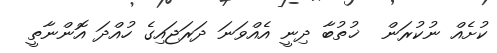
ކުށެއް ނުކުރަން  ޚުތުބާ ދިނީ އެއްވަނަ ދަރަޖައިގެ ހުއްދަ އޮންނާތީ